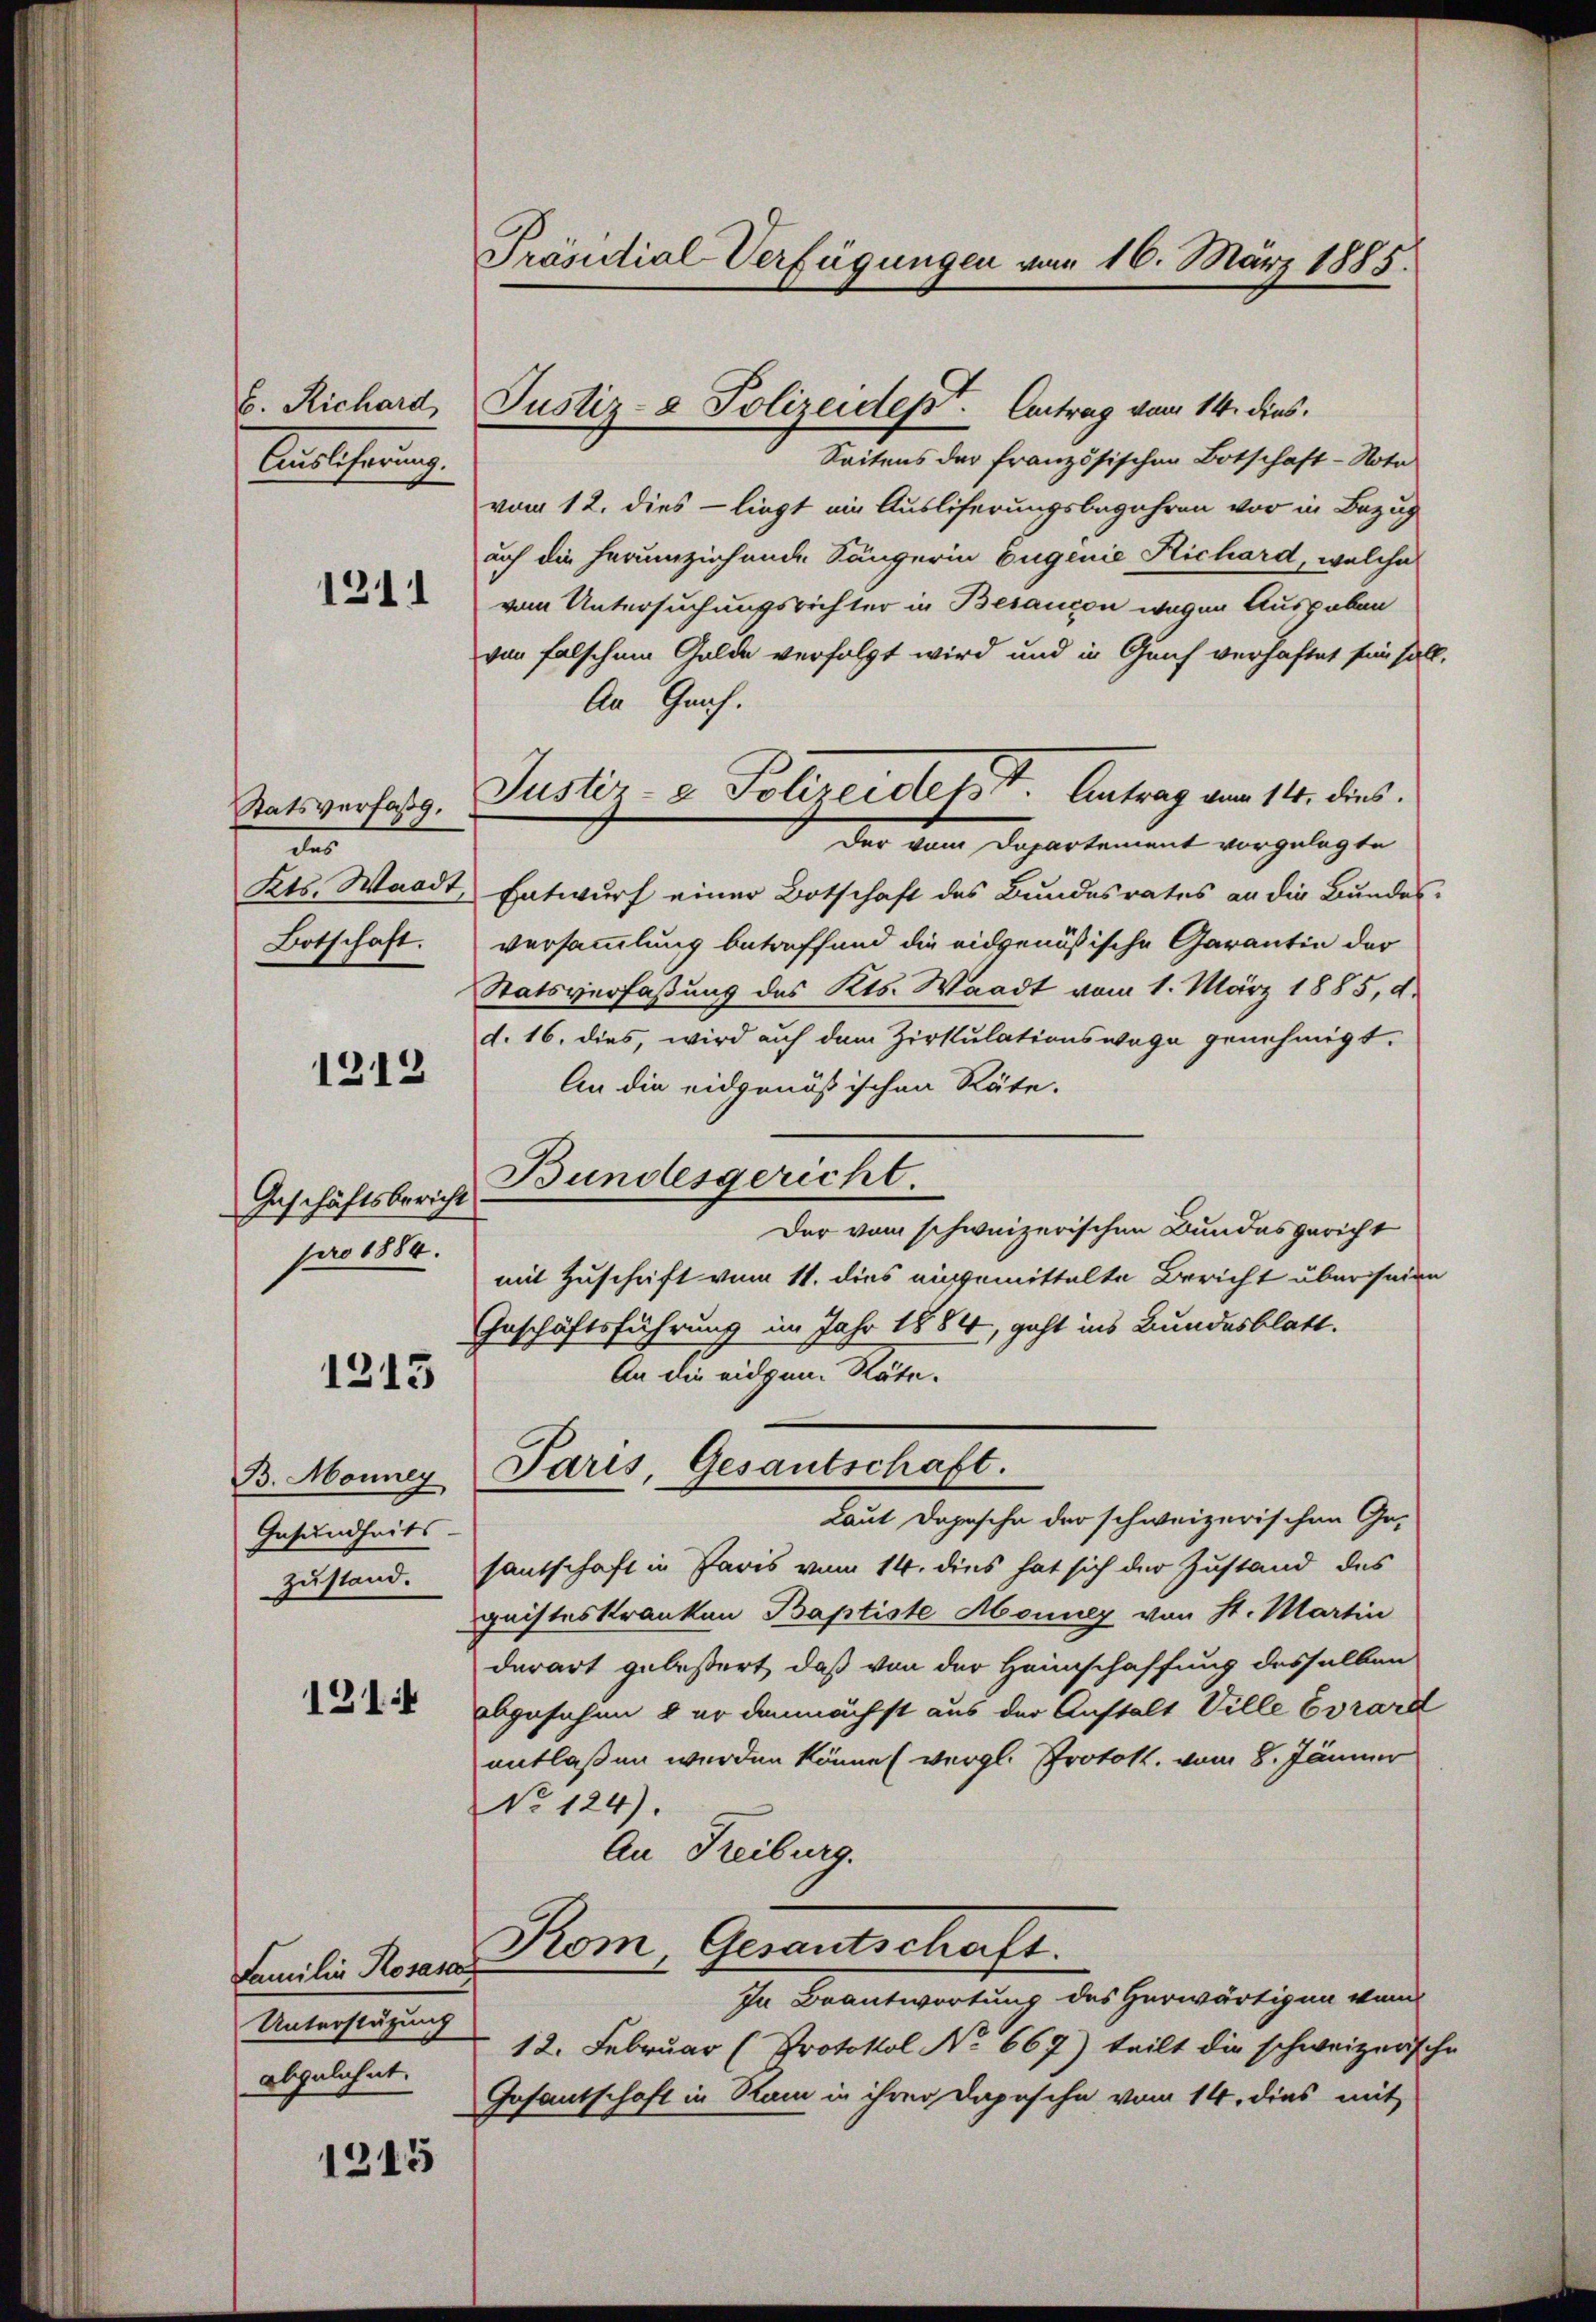
6. Richard,
Aatharing

1211

Statsverfaßg.
des
Kts. Waadt,

1212

Geschäftsbericht
pro 1884.

1213

B. Mouney
Gesundheits-
zustand.

1211

1215

Familie Rosasa
Unterstützung
abgelehnt.

Präsidial-Verfügungen vom 16. März 1885.

Justiz- & Polizeidept. Antrag vom 14. dies.

Seitens der französischen Botschaft - Nota
vom 12. dies - liegt ein Ausliferungsbegehren vor in Bezug
auf die herumziehende Sängerin Eugenie Richard, welche
vom Untersuchungsrichter in Besaucon wegen Ausgaben
von falschen Gelde verfolgt wird und in Genf verhaftet sein hatt
An Graf.
Der vom Departement vorgelegte
Entwurf einer Botschaft des Bundesrates an die Bundes
Botschaft. Versammlung betreffend die eidgenößische Garantin der
Statsverfaßung des Kts. Waadt vom 1. März 1885, d.
d. 16. dies, wird auf dem Zirkulationswage genehmigt.
An die eidgenössischen Räte.
Bundesgericht.
Der vom schweizerischen Bundesgericht
mit Zuschrift vom 11. dies angemittelte Bericht über seien
Geschäftsführung im Jahr 1884, geht ins Bundesblatt.
An die eidgen. Räte.
Paris, Gesantschaft.
Laut Depesche der schweizerischen Ge-
santschaft in Paris vom 14. dies hat sich der Zustand des
geisteskranken Baptiste Monner von St. Martin
derart gebessert, daß von der Heimschaffung desselben
abgesehen der demnächst aus der Anstalt Ville Evrard
entlaßen werden könne (vergl. Protok. vom 8. Jänner
No 124).
An Freiburg.
Kom Gesantschaft.
In Beantwortung des Herwärtigen von
12. Februar (Protokol No 667) teilt die schweizers
Gesantschaft in Ram in ihrer Depesche vom 14. dies mit

Justiz- & Polizeidet. I. Antrag vom 11. dies

n